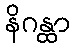
နိဂန္ထာ